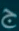
@